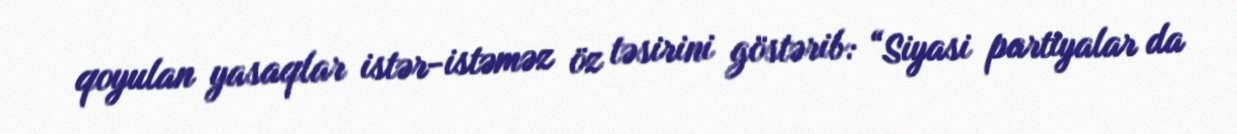
qoyulan yasaqlar istər-istəməz öz təsirini göstərib: “Siyasi partiyalar da